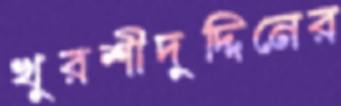
খুরশীদুদ্দিনের